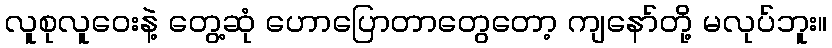
လူစုလူဝေးနဲ့ တွေ့ဆုံ ဟောပြောတာတွေတော့ ကျနော်တို့ မလုပ်ဘူး။